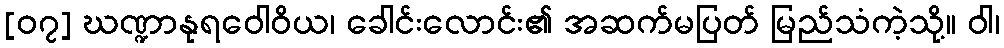
[၀၇] ဃဏ္ဍာနုရဝေါဝိယ၊ ခေါင်းလောင်း၏ အဆက်မပြတ် မြည်သံကဲ့သို့။ ဝါ၊